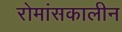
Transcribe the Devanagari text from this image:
रोमांसकालीन